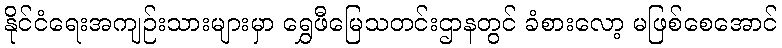
နိုင်ငံရေးအကျဉ်းသားများမှာ ရွှေဖီမြေသတင်းဌာနတွင် ခံစားလော့ မဖြစ်စေအောင်